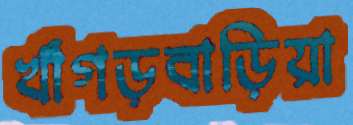
খাঁগড়বাড়িয়া